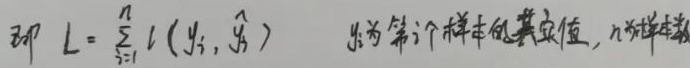
即 \(L = \sum_{i = 1}^{n} l(y_i,\hat{y}_i)\)，\(y_i\)为第\(i\)个样本的真实值，\(n\)为样本数。